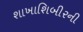
શાખાશિબીરની